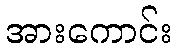
အားကောင်း